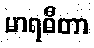
မာရဓီတာ